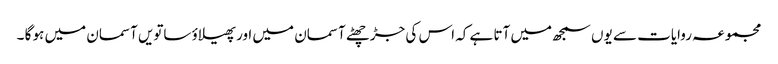
مجموعہ روایات سے یوں سمجھ میں آتا ہے کہ اس کی جڑ چھٹے آسمان میں اور پھیلاؤ ساتویں آسمان میں ہو گا ۔